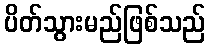
ပိတ်သွားမည်ဖြစ်သည်